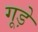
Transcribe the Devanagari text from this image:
गूड़े